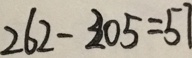
2 6 2 - 2 0 5 = 5 7